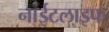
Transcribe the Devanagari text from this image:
नाईटलाइफ